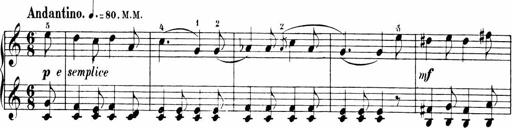
Title: 6 Sonatinas
Composer: Carl Reinecke